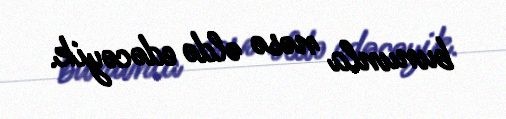
bununla nəsə əldə edəcəyik.